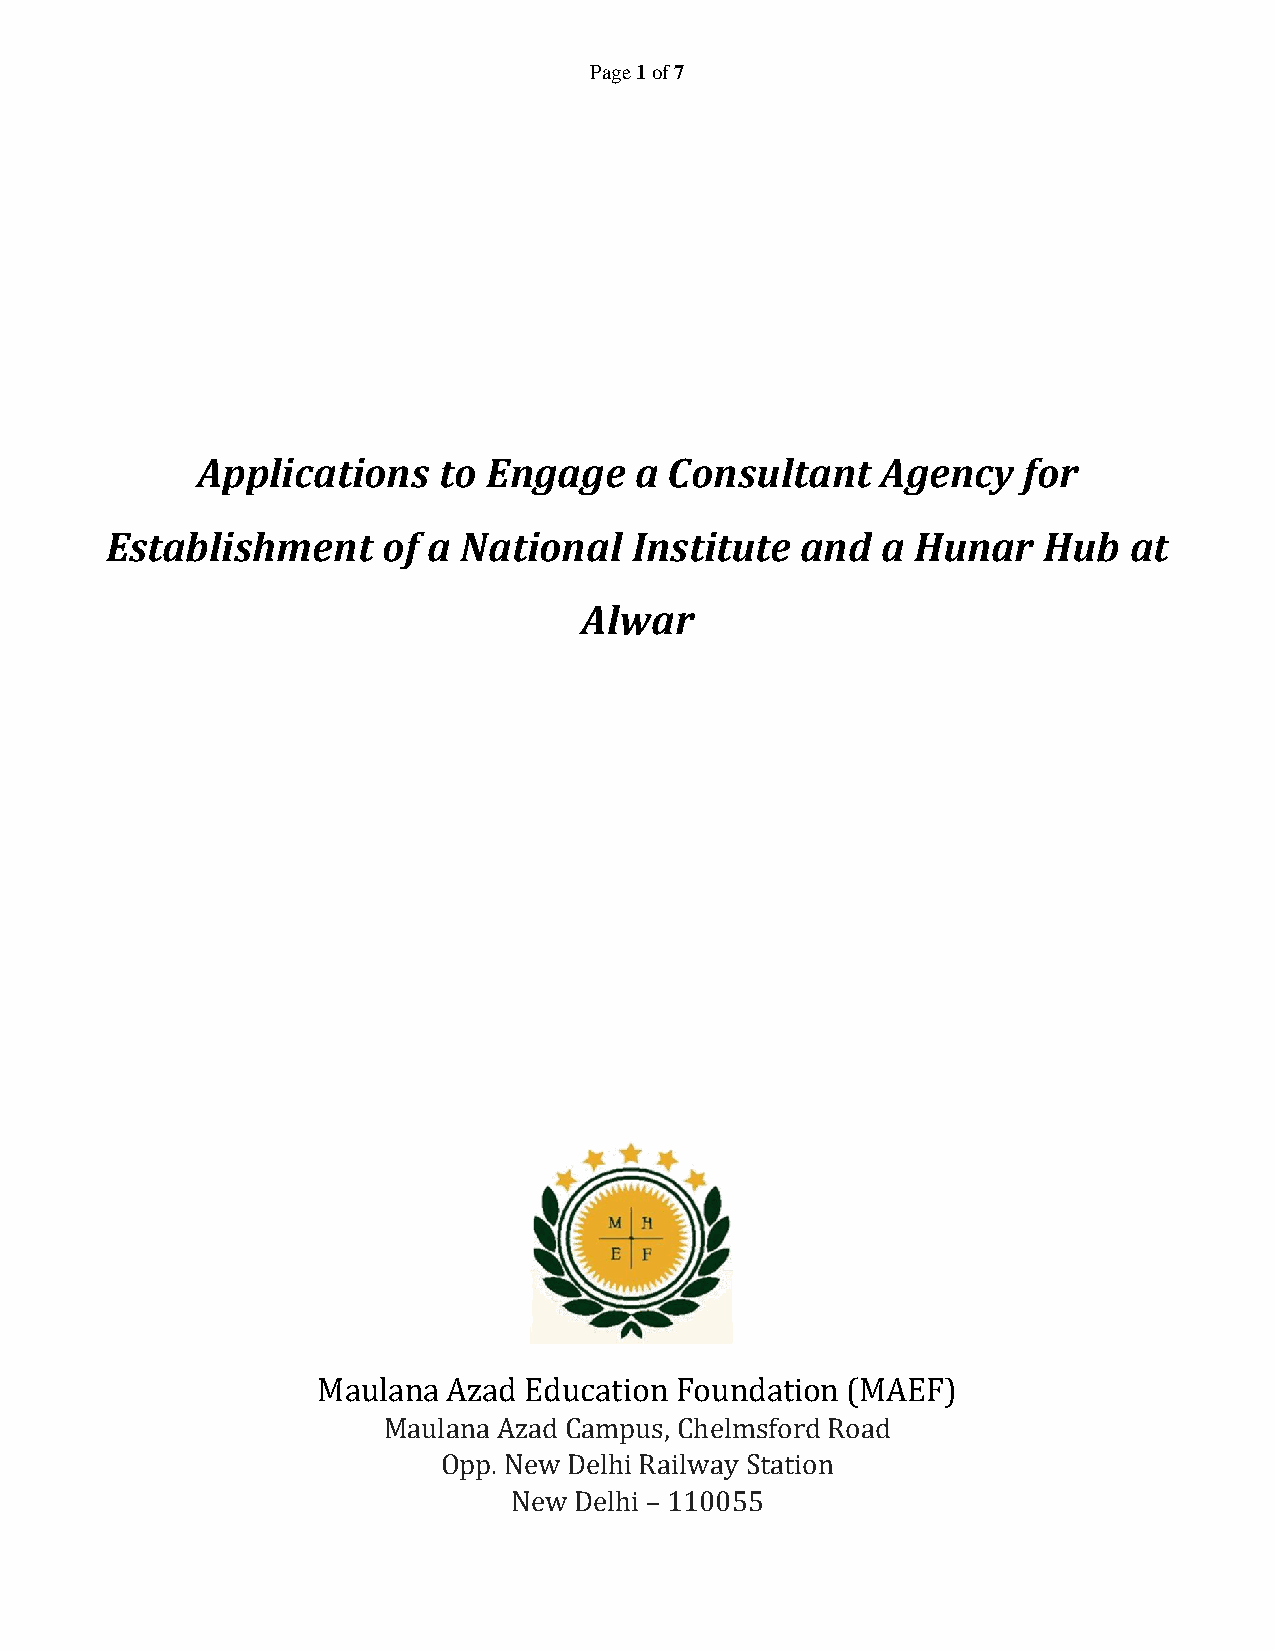
Page 1 of 7
 Applications    to Engage    a Consultant    Agency    for
 Establishment     of a National    Institute  and  a  Hunar   Hub   at
 Alwar
 Maulana  Azad Education Foundation (MAEF)
 Maulana Azad Campus, Chelmsford Road
 Opp. New Delhi Railway Station
 New Delhi – 110055